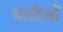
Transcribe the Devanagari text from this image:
यात्रीऔं